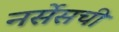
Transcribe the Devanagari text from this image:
नर्सेसची